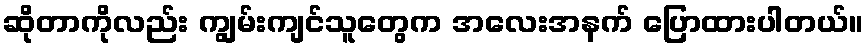
ဆိုတာကိုလည်း ကျွမ်းကျင်သူတွေက အလေးအနက် ပြောထားပါတယ်။